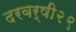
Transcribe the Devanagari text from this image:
दरवर्षी२९